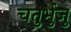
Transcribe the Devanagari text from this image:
चतुर्भुजु